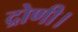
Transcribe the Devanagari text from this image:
द्रोणी।